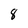
Character: 8